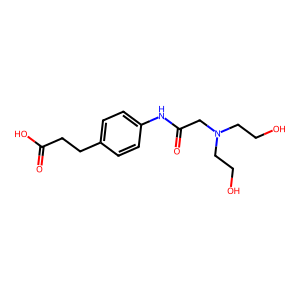
SMILES: O=C(O)CCc1ccc(NC(=O)CN(CCO)CCO)cc1
Inhibits HIV replication: No